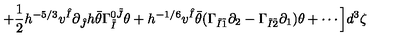
+ \frac { 1 } { 2 } h ^ { - 5 / 3 } v ^ { \hat { I } } \partial _ { \hat { J } } h \bar { \theta } \Gamma _ { \tilde { I } } ^ { 0 \tilde { J } } \theta + h ^ { - 1 / 6 } v ^ { \hat { I } } \bar { \theta } ( \Gamma _ { \tilde { I } \tilde { 1 } } \partial _ { 2 } - \Gamma _ { \tilde { I } \tilde { 2 } } \partial _ { 1 } ) \theta + \cdots \Big ] d ^ { 3 } \zeta